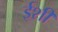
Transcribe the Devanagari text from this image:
ईशी